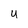
Character: 4